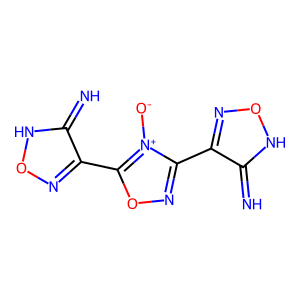
SMILES: N=c1[nH]onc1-c1noc(-c2no[nH]c2=N)[n+]1[O-]
Inhibits HIV replication: No